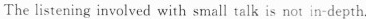
The listening involved with small talk is not in-depth.